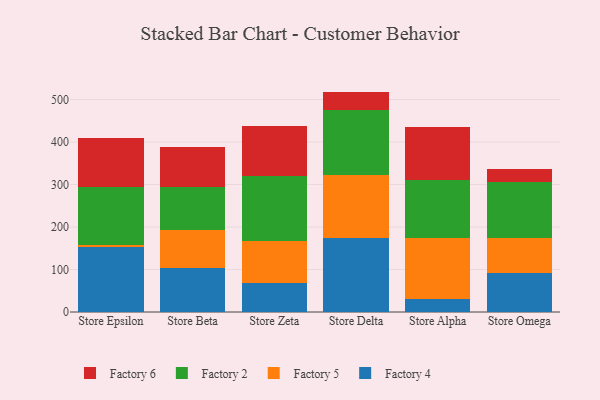
{"axis": {"x": "Store", "y": "Temperature (°C)"}, "legend": ["Factory 2", "Factory 4", "Factory 5", "Factory 6"], "data": [{"x": "Store Epsilon", "y": 152.2, "type": "Factory 4"}, {"x": "Store Epsilon", "y": 5.6, "type": "Factory 5"}, {"x": "Store Epsilon", "y": 135.9, "type": "Factory 2"}, {"x": "Store Epsilon", "y": 115.4, "type": "Factory 6"}, {"x": "Store Beta", "y": 104.2, "type": "Factory 4"}, {"x": "Store Beta", "y": 89.1, "type": "Factory 5"}, {"x": "Store Beta", "y": 99.9, "type": "Factory 2"}, {"x": "Store Beta", "y": 95.7, "type": "Factory 6"}, {"x": "Store Zeta", "y": 68.2, "type": "Factory 4"}, {"x": "Store Zeta", "y": 99.1, "type": "Factory 5"}, {"x": "Store Zeta", "y": 152.1, "type": "Factory 2"}, {"x": "Store Zeta", "y": 119.0, "type": "Factory 6"}, {"x": "Store Delta", "y": 174.6, "type": "Factory 4"}, {"x": "Store Delta", "y": 147.3, "type": "Factory 5"}, {"x": "Store Delta", "y": 152.8, "type": "Factory 2"}, {"x": "Store Delta", "y": 44.0, "type": "Factory 6"}, {"x": "Store Alpha", "y": 29.6, "type": "Factory 4"}, {"x": "Store Alpha", "y": 144.8, "type": "Factory 5"}, {"x": "Store Alpha", "y": 137.1, "type": "Factory 2"}, {"x": "Store Alpha", "y": 123.5, "type": "Factory 6"}, {"x": "Store Omega", "y": 91.2, "type": "Factory 4"}, {"x": "Store Omega", "y": 83.1, "type": "Factory 5"}, {"x": "Store Omega", "y": 132.3, "type": "Factory 2"}, {"x": "Store Omega", "y": 29.2, "type": "Factory 6"}]}